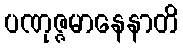
ပဏုဇ္ဇမာနေနာတိ